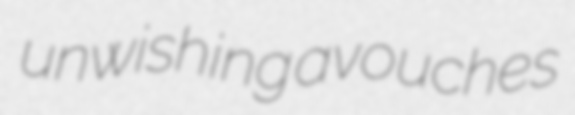
unwishing avouches